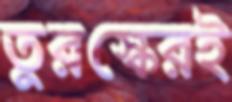
তুরস্কেরই